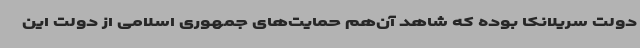
دولت سریلانکا بوده که شاهد آن‌هم حمایت‌های جمهوری اسلامی از دولت این